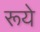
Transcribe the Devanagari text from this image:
रूये